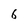
Character: 6